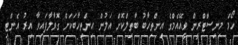
ހޯމް މިނިސްޓްރީން ވީއޭއެމްގެ އިންތިހާބު ބާތިލްކޮށް އަލުން އިންތިހާބަކަށް ގޮވާލާފައިވާ އިރު އެންޓި